Insane asylums in Bengal annual reports 1876-1887 - 1876-1887
Year: 1876
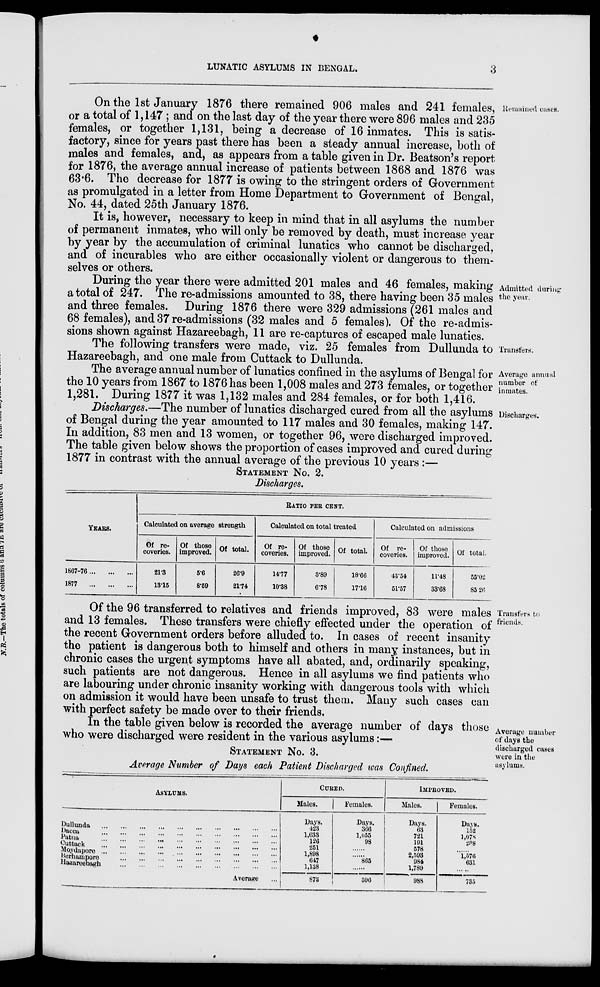
LUNATIC ASYLUMS IN BENGAL.
3
Remained cases.
On the 1st January 1876 there remained 906 males and 241 females,
or a total of 1,147 ; and on the last day of the year there were 896 males and 235
females, or together 1,131, being a decrease of 16 inmates. This is satis-
factory, since for years past there has been a steady annual increase, both of
males and females, and, as appears from a table given in Dr. Beatson's report
for 1876, the average annual increase of patients between 1868 and 1876 was
63.6. The decrease for 1877 is owing to the stringent orders of Government
as promulgated in a letter from Home Department to Government of Bengal,
No. 44, dated 25th January 1876.
It is, however, necessary to keep in mind that in all asylums the number
of permanent inmates, who will only be removed by death, must increase year
by year by the accumulation of criminal lunatics who cannot be discharged,
and of incurables who are either occasionally violent or dangerous to them-
selves or others.
Admitted during
the year.
During the year there were admitted 201 males and 46 females, making
a total of 247. The re-admissions amounted to 38, there having been 35 males
and three females. During 1876 there were 329 admissions (261 males and
68 females), and 37 re-admissions (32 males and 5 females). Of the re-admis-
sions shown against Hazareebagh, 11 are re-captures of escaped male lunatics.
Transfers.
The following transfers were made, viz. 25 females from Dullunda to
Hazareebagh, and one male from Cuttack to Dullunda.
Average annual
number of
inmates.
The average annual number of lunatics confined in the asylums of Bengal for
the 10 years from 1867 to 1876 has been 1,008 males and 273 females, or together
1,281. During 1877 it was 1,132 males and 284 females, or for both 1,416.
Discharges.
Discharges.—The number of lunatics discharged cured from all the asylums
of Bengal during the year amounted to 117 males and 30 females, making 147.
In addition, 83 men and 13 women, or together 96, were discharged improved.
The table given below shows the proportion of cases improved and cured during
1877 in contrast with the annual average of the previous 10 years :—
STATEMENT No. 2.
Discharges.
RATIO PER CENT.
YEARS.
1867-76 ... ... ...
1877
...
...
...
Calculated on average strength
Of re-
coveries.
21.3
13.15
Of those
improved.
5.6
8.59
Of total.
26.9
21.74
Calculated on total treated
Of re-
coveries.
14.77
10.38
Of those
improved.
3.89
6.78
Of total.
18.66
17.16
Calculated on admissions
Of re-
coveries.
43.54
51.57
Of those
improved.
11.48
33.68
Of total.
55.02
85.26
Transfers to
friends.
Of the 96 transferred to relatives and friends improved, 83 were males
and 13 females. These transfers were chiefly effected under the operation of
the recent Government orders before alluded to. In cases of recent insanity
the patient is dangerous both to himself and others in many instances, but in
chronic cases the urgent symptoms have all abated, and, ordinarily speaking,
such patients are not dangerous. Hence in all asylums we find patients who
are labouring under chronic insanity working with dangerous tools with which
on admission it would have been unsafe to trust them. Many such cases can
with perfect safety be made over to their friends.
Average number
of days the
discharged cases
were in the
asylums.
In the table given below is recorded the average number of days those
who were discharged were resident in the various asylums:—
STATEMENT No. 3.
Average Number of Days each Patient Discharged was Confined.
ASYLUMS.
Dullunda
...
...
...
...
...
...
...
...
...
...
Dacca
...
...
...
...
...
...
...
...
...
...
Patna ... ... ... ... ... ... ... ... ... ...
Cuttack
...
...
...
...
...
...
...
...
...
...
Moydapore
...
...
...
...
...
...
...
...
...
Berhampore
...
...
...
...
...
...
...
...
...
Hazareebagh
...
...
...
...
...
...
...
...
...
Average ...
CURED.
Males.
Days.
423
1,633
126
251
1,898
647
1,138
873
Females.
Days.
366
1,055
98
......
......
865
......
596
IMPROVED.
Males.
Days.
63
721
191
578
2,593
984
1,789
988
Females.
Days.
152
1,078
238
......
1,576
631
.....
735